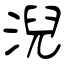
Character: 淣